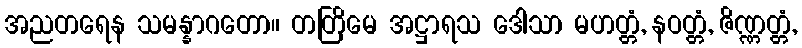
အညတရေန သမန္နာဂတော။ တတြိမေ အဋ္ဌာရသ ဒေါသာ မဟတ္တံ, နဝတ္တံ, ဇိဏ္ဏတ္တံ,